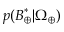
p ( \boldsymbol { B } _ { \oplus } ^ { * } | \Omega _ { \oplus } )